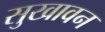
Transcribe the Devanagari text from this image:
सुखावन